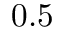
0 . 5